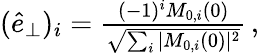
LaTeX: \begin{array}{r}{(\hat{e}_{\perp})_{i}=\frac{(-1)^{i}M_{0,i}(0)}{\sqrt{\sum_{i}\vert M_{0,i}(0)\vert^{2}}}\, ,}\end{array}